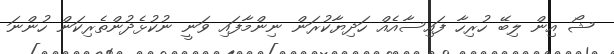
ޝޯ އިން ލިބޭ ހުރިހާ ފައިސާއެއް ހަދިޔާކުރަން ނިންމާފައި ވަނީ ނުކުޅެދުންތެރިކަން ހުންނަ